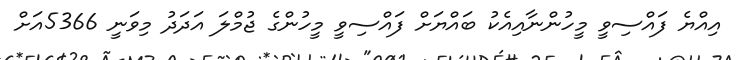
އިއްޔެ ފައްސިވީ މީހުންނާއިއެކު ބައްޔަށް ފައްސިވީ މީހުންގެ ޖުމްލަ އަދަދު މިވަނީ 5366އަށް